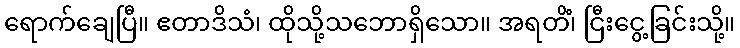
ရောက်ချေပြီ။ ဧတာဒိသံ၊ ထိုသို့သဘောရှိသော။ အရတိံ၊ ငြီးငွေ့ခြင်းသို့။